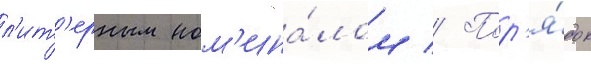
л'ит'ерным ном'ина́лом // Пор'я́док